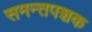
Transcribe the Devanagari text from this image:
समन्तपञ्चक